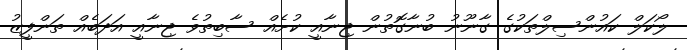
ލޯކަލް ކައުންސިލްތަކުގެ ގާނޫނު ބުނާގޮތުން ޖިނާއީ ކުށެއް ސާބިތުވެ ޖިނާއީ އަދަބެއް ތަންފީޒު